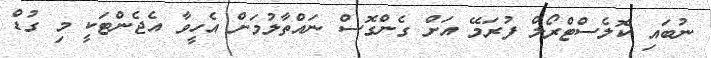
ނުބައި ކޮލެސްޓްރޯލް ފުރަމޭ އަށް ގެންގޮސް ނައްތާލުމަށް އެހީވާ އެޖެންޓަކީ މި ގުޑް